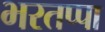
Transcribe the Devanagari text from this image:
भरतप्पा